Report on sanitation, dispensaries, and jails in Rajputana for 1921, and on vaccination for the year 1921-1922 - 1921-1922
Year: 1921
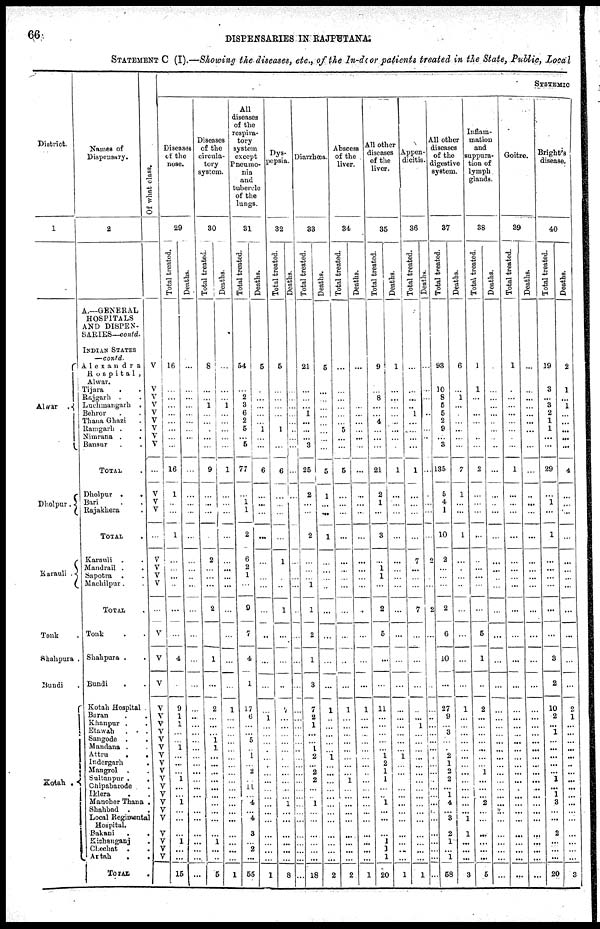
66
DISPENSARIES IN RAJPUTANA.
STATEMENT C (I).—Showing the diseases, etc., of the In-door patients treated in the State, Public, Local
District.
1
Alwar .
Dholpur.
Karauli .
Tonk .
Shahpura .
Bundi .
Kotah.
Names of
Dispensary.
2
A.—GENERAL
HOSPITALS
AND DISPEN-
SARIES—contd.
INDIAN STATES
—contd.
Alexandra
Hospital ,
Alwar.
Tijara
. .
Rajgarh . .
Luchmangarh .
Behror . .
Thana Ghazi .
Ramgarh . .
Nimrana .
.
Bansur . .
TOTAL .
Dholpur .
.
Bari . .
Rajakhera .
TOTAL .
Karauli . .
Mandrail . .
Sapotra . .
Machilpur. .
TOTAL .
Tonk .
Shahpura . .
Bundi
. .
Kotah Hospital .
Baran
.
.
Khanpur . .
Etawah
. . .
Sangode . .
Mandana . .
Attru
.
.
Indergarh .
Mangrol . .
Sultanpur .
.
Chipabarode .
Iklera
. .
Manoher Thana .
Shahbad . .
Local Regimental
Hospital.
Bakani . .
Kishanganj .
Chechat . .
Artah
.
.
TOTAL .
Of what class.
V
V
V
V
V
V
V
V
V
...
V
V
V
...
V
V
V
V
...
V
V
V
V
V
V
V
V
V
V
V
V
V
V
V
V
V
V
V
V
V
V
SYSTEMIC
Diseases
of the
nose.
29
Total treated.
16
...
...
...
...
...
...
...
...
16
1
...
...
1
...
...
...
...
...
...
4
...
9
1
1
...
...
1
...
...
...
1
...
...
1
...
...
...
1
...
...
15
Deaths.
...
...
...
...
...
...
...
...
...
...
...
...
...
...
...
...
...
...
...
...
...
...
...
...
...
...
...
...
...
...
...
...
...
...
...
...
...
...
...
...
...
...
Diseases
of the
circula-
tory
system.
30
Total treated.
8
...
...
1
...
... ...
...
...
9
...
...
...
...
2
...
...
...
2
...
1
...
2
...
...
...
1
1
...
...
...
...
...
...
...
...
...
...
1
...
...
5
Deaths.
...
...
...
1
...
...
...
...
...
1
...
...
...
...
...
...
...
...
...
...
...
...
1
...
...
...
...
...
...
...
...
...
...
...
...
...
...
...
...
...
...
1
All
diseases
of the
respira-
tory
system
except
Pneumo-
nia
and
tubercle
of the
lungs.
31
Total treated.
54
...
2
3
6
2
5
...
5
77
...
1 1
2
6
2
1
...
9
7
4
1
17
6
...
...
5
...
1
...
2
...
11
...
4
...
4
3
...
2
...
55
Deaths.
5
...
...
...
...
... 1
...
...
6
...
...
...
...
...
...
...
...
...
...
...
...
...
1
...
...
...
...
...
...
...
...
...
...
...
...
...
...
...
...
...
1
Dys-
pepsia.
32
Total treated.
5
...
...
...
...
... 1
...
...
6
...
...
...
...
1
...
...
...
1
...
...
...
7
...
...
...
...
...
...
...
...
...
...
...
1
...
...
...
...
...
...
8
Deaths.
...
...
...
...
...
...
...
...
...
...
...
...
...
...
...
...
...
...
...
...
...
...
...
...
...
...
...
...
...
...
...
...
...
...
...
...
...
...
...
...
...
...
Diarrhœa.
33
Total treated.
21
...
...
...
1
...
...
...
3
25
2
...
...
2
...
...
...
1
1
2
1
3
7
2
1
...
...
1
2
...
2
2
...
...
1
...
...
...
...
...
...
18
Deaths.
5
...
...
...
...
...
...
...
...
5
1
...
...
1
...
...
...
...
...
...
...
...
1
...
...
...
...
...
1
...
...
...
...
...
...
...
...
...
...
...
...
2
Abscess
of the
liver.
34
Total treated.
...
...
...
...
...
...
5
...
...
5
...
...
...
...
...
...
...
...
...
...
...
...
1
...
...
...
...
...
...
...
...
1
...
...
...
...
...
...
...
...
...
2
Deaths.
...
...
...
...
...
...
...
...
...
...
...
...
...
...
...
...
...
...
...
...
...
...
1
...
...
...
...
...
...
...
...
...
...
...
...
...
...
...
...
...
...
1
All other
diseases
of the
liver.
35
Total treated.
9
...
8
...
...
4
...
...
...
21
2
1
...
3
...
1
1
...
2
5
...
...
11
...
...
...
...
...
1
2
1
1
...
...
1
...
...
...
1
1
1
20
Deaths.
1
...
...
...
...
...
...
...
...
1
...
...
...
...
...
...
...
...
...
...
...
...
...
...
...
...
...
...
1
...
...
...
...
...
...
...
...
...
...
...
1
Appen-
dicitis.
36
Total treated.
...
...
...
...
1
...
...
...
...
1
...
...
...
...
7
...
...
...
7
...
...
...
...
...
1
...
...
...
...
...
...
...
...
...
...
...
...
...
...
...
...
1
Deaths.
...
...
...
...
...
...
...
...
...
...
...
...
...
...
2
...
...
...
2
...
...
...
...
...
...
...
...
...
...
...
...
...
...
...
...
...
...
...
...
...
...
...
All other
diseases
of the
digestive
system.
37
Total treated.
93
10
8
5
5
2
9
...
3
135
5
4
1
10
2
...
...
...
2
6
10
...
27
9
...
3
...
...
2
1
2
2
...
1
4
...
3
2
1
...
1
58
Deaths.
6
...
1
...
...
...
...
...
...
7
1
...
...
1
...
...
...
...
...
...
...
...
1
...
...
...
...
...
...
...
...
...
...
...
...
...
1
1
...
...
...
3
Inflam-
mation
and
suppura-
tion of
lymph
glands.
38
Total treated.
1
1
...
...
...
...
...
...
...
2
...
...
...
...
...
...
...
...
...
5
1
...
2
...
...
...
...
...
...
...
1
...
...
...
2
...
...
...
...
...
...
5
Deaths.
...
...
...
...
...
...
...
...
...
...
...
...
...
...
...
...
...
...
...
...
...
...
...
...
...
...
...
...
...
...
...
...
...
...
...
...
...
...
...
...
...
...
Goitre.
39
Total treated.
1
...
...
...
...
...
...
...
...
1
...
...
...
...
...
...
...
...
...
...
...
...
...
...
...
...
...
...
...
...
...
...
...
...
...
...
...
...
...
...
...
...
Deaths.
...
...
...
...
...
...
...
...
...
...
...
...
...
...
...
...
...
...
...
...
...
...
...
...
...
...
...
...
...
...
...
...
...
...
...
...
...
...
...
...
...
...
Bright's
disease.
40
Total treated.
19
3
...
3
2
1
1
...
...
29
...
1
...
1
...
...
...
...
...
...
3
2
10
2
...
1
...
...
...
...
...
1
...
1
3
...
...
2
...
...
...
20
Deaths.
2
1
...
1
...
...
...
...
...
4
...
...
...
...
...
...
...
...
...
...
...
...
2
1
...
...
...
...
...
...
...
...
...
...
...
...
...
...
...
...
...
3